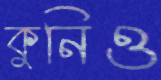
কুনিও